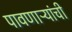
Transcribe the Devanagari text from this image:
पावणाऱ्यांची